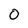
Character: 0